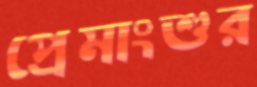
প্রেমাংশুর